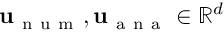
\mathbf { u } _ { \mathrm { ~ n ~ u ~ m ~ } } , \mathbf { u } _ { \mathrm { ~ a ~ n ~ a ~ } } \in \mathbb { R } ^ { d }